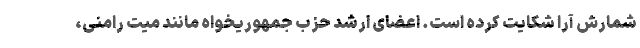
شمارش آرا شکایت کرده است. اعضای ارشد حزب جمهوریخواه مانند میت رامنی،